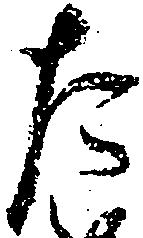
た